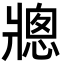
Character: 𪺠